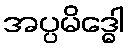
အပ္ပမိဒ္ဓေါ